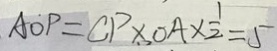
A O P = C P \times O A \times \frac { 1 } { 2 } = 5